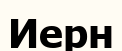
Иерн